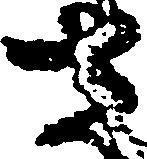
さ